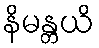
နိမန္တယိ